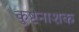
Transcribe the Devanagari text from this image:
कुष्टनाशक